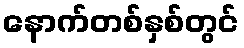
နောက်တစ်နှစ်တွင်